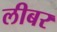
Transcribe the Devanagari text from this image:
लीबर